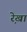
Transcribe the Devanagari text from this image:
रे़खा